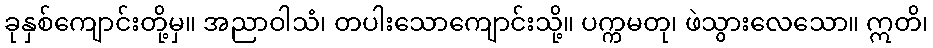
ခုနှစ်ကျောင်းတို့မှ။ အညာဝါသံ၊ တပါးသောကျောင်းသို့။ ပက္ကမတု၊ ဖဲသွားလေသော။ ဣတိ၊